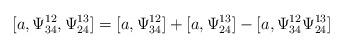
LaTeX: \begin{align*}[a,\Psi^{12}_{34},\Psi^{13}_{24}]=[a,\Psi^{12}_{34}]+[a,\Psi^{13}_{24}]-[a,\Psi^{12}_{34}\Psi^{13}_{24}]\end{align*}